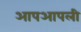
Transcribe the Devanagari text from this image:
आपआपली